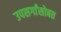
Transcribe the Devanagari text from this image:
उपसर्गांसोबत